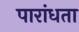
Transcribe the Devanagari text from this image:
पारांधता